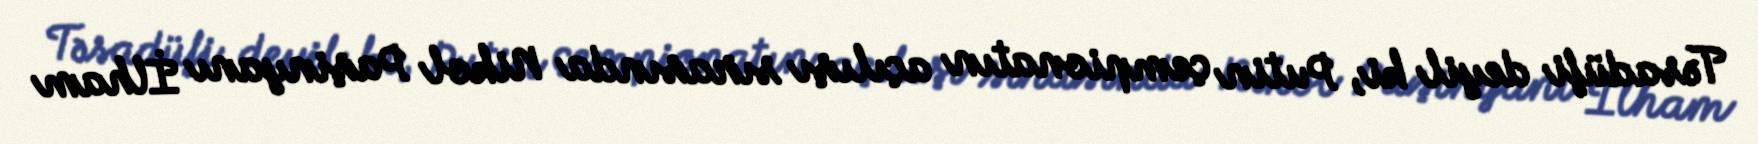
Təsadüfi deyil ki, Putin çempionatın açılışı sırasında Nikol Paşinyanı İlham